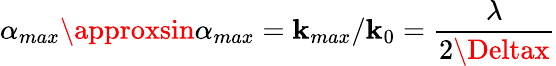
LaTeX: \alpha_{max}\approxsin\alpha_{max}=\mathbf{k}_{max}/\mathbf{k}_{0}=\frac{{\lambda}}{{2\Deltax}}